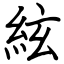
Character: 絃